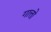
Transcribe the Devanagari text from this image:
गात्तो